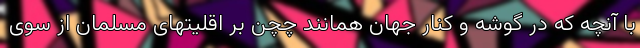
با آنچه که در گوشه و کنار جهان همانند چچن بر اقلیتهای مسلمان از سوی